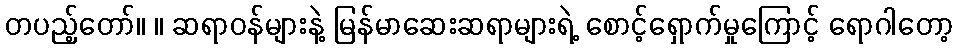
တပည့်တော်။ ။ ဆရာဝန်များနဲ့ မြန်မာဆေးဆရာများရဲ့ စောင့်ရှောက်မှုကြောင့် ရောဂါတော့